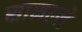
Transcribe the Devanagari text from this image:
साकल्ले